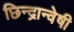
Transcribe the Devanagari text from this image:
छिन्‍द्रान्‍वेषी